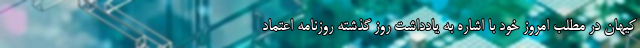
کیهان در مطلب امروز خود با اشاره به یادداشت روز گذشته روزنامه اعتماد